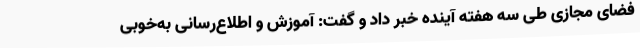
فضای مجازی طی سه هفته آینده خبر داد و گفت: آموزش و اطلاع‌رسانی به‌خوبی